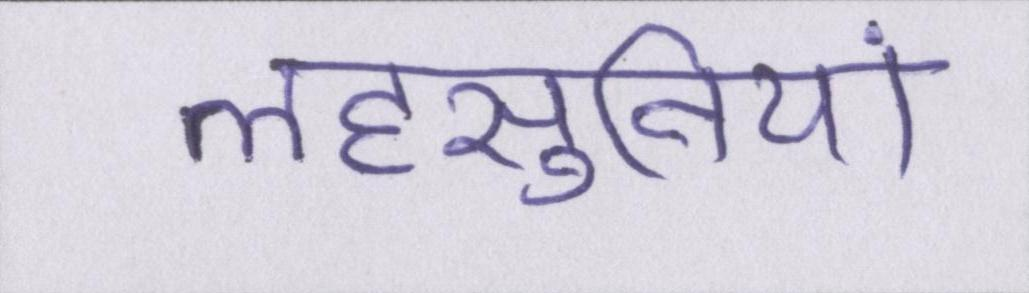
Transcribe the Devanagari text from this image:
लहसुनियां